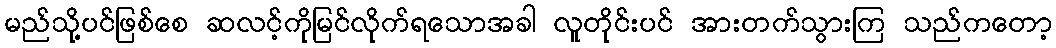
မည်သို့ပင်ဖြစ်စေ ဆလင့်ကိုမြင်လိုက်ရသောအခါ လူတိုင်းပင် အားတက်သွားကြ သည်ကတော့